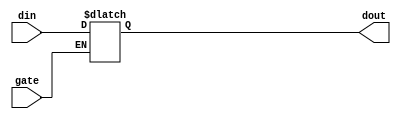
// Generate a simple 8-bit latch
//         Moseley Instruments / Symbiotic EDA
//         02-11-2018
// 

module latch(input [7:0] din, input gate, output reg [7:0] dout);

  reg [7:0] state;

  always @(gate or din)
  begin
    if (gate == 1'b1)
    begin
      dout <= din;
    end
  end

endmodule